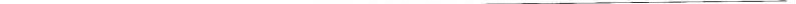
___